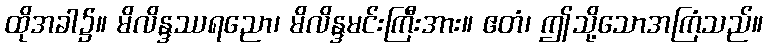
ထိုအခါ၌။ မိလိန္ဒဿရညော၊ မိလိန္ဒမင်းကြီးအား။ ဧတံ၊ ဤသို့သောအကြံသည်။